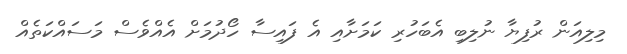
މިލިއަން ރުފިޔާ ނުލިބި އެބަހުރި ކަމަށާއި އެ ފައިސާ ހޯދުމަށް އެއްވެސް މަސައްކަތެއް